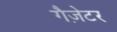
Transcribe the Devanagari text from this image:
गैज़ेटर